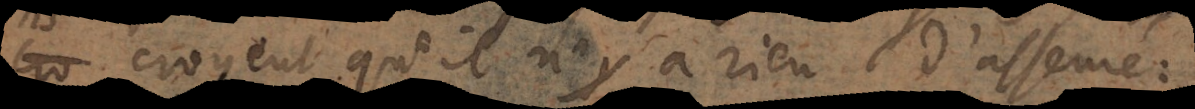
croyent qu’il n’y a rien d’asseuré: